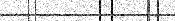
٩٣